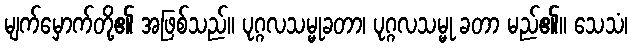
မျက်မှောက်တို့၏ အဖြစ်သည်။ ပုဂ္ဂလသမ္မုခတာ၊ ပုဂ္ဂလသမ္မု ခတာ မည်၏။ သေသံ၊